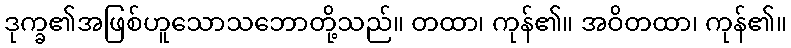
ဒုက္ခ၏အဖြစ်ဟူသောသဘောတို့သည်။ တထာ၊ ကုန်၏။ အဝိတထာ၊ ကုန်၏။